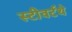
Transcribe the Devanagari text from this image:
स्टीवर्टथे